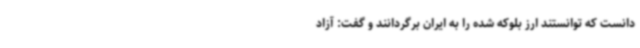
دانست که توانستند ارز بلوکه شده را به ایران برگردانند و گفت: آزاد